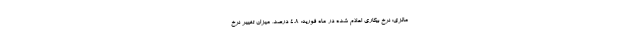
مالزی: نرخ بیکاری اعلام شده در ماه فوریه: ۴.۸ درصد، میزان تغییر نرخ